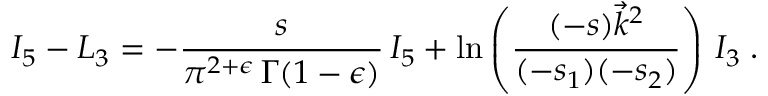
{ \cal I } _ { 5 } - { \cal L } _ { 3 } = - \frac { s } { \pi ^ { 2 + \epsilon } \, \Gamma ( 1 - \epsilon ) } \, I _ { 5 } + \ln \left( \frac { ( - s ) \vec { k } ^ { 2 } } { ( - s _ { 1 } ) ( - s _ { 2 } ) } \right) \, { \cal I } _ { 3 } \; .